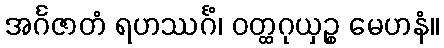
အင်္ဂဇာတံ ရဟဿင်္ဂံ၊ ဝတ္ထဂုယှဉ္စ မေဟနံ။